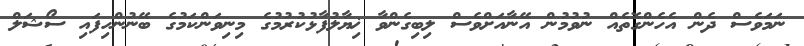
ނަމަވެސް ދެން އެހެންގޮތެއް ނުވުމުން އޭނާއަށްވެސް ލިބިގެންވާ ޚިޔާލުފާޅުކުރުމުގެ މިނިވަންކަމުގެ ބޭނުންހިފައި ސޯޝަލް